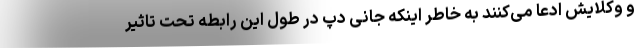
و وکلایش ادعا می‌کنند به خاطر اینکه جانی دپ در طول این رابطه تحت تاثیر